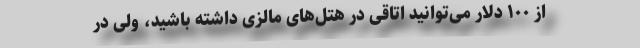
از ۱۰۰ دلار می‌توانید اتاقی در هتل‌های مالزی داشته باشید، ولی در